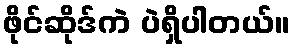
ဖိုင်ဆိုဒ်ကဲ ပဲရှိပါတယ်။